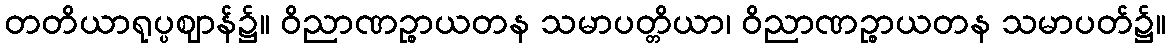
တတိယာရုပ္ပဈာန်၌။ ဝိညာဏဉ္စာယတန သမာပတ္တိယာ၊ ဝိညာဏဉ္စာယတန သမာပတ်၌။